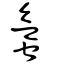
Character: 螸